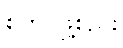
စတင်ဖွဲ့စည်း